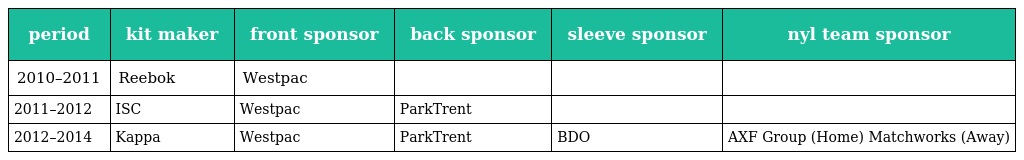
| period | kit maker | front sponsor | back sponsor | sleeve sponsor | nyl team sponsor |
 | --- | --- | --- | --- | --- | --- |
 | 2010–2011 | Reebok | Westpac |  |  |  |
 | 2011–2012 | ISC | Westpac | ParkTrent |  |  |
 | 2012–2014 | Kappa | Westpac | ParkTrent | BDO | AXF Group (Home) Matchworks (Away) |